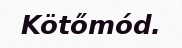
Kötőmód.